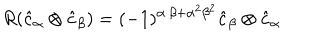
R ( \hat { c } _ { \alpha } \otimes \hat { c } _ { \beta } ) = ( - 1 ) ^ { \alpha \cdot \beta + { \alpha } ^ { 2 } { \beta } ^ { 2 } } \hat { c } _ { \beta } \otimes \hat { c } _ { \alpha }